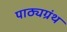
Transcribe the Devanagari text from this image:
पाठ्यग्रंथ